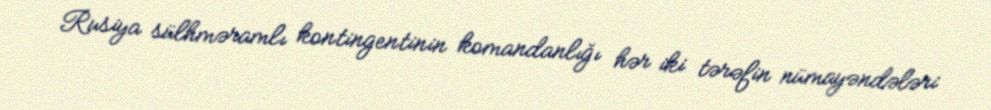
Rusiya sülhməramlı kontingentinin komandanlığı hər iki tərəfin nümayəndələri